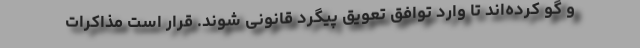
و گو کرده‌اند تا وارد توافق تعویق پیگرد قانونی شوند. قرار است مذاکرات